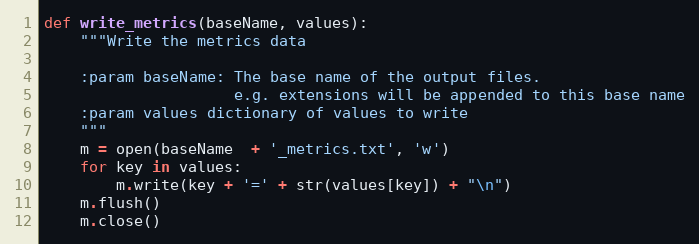
Language: Python
def write_metrics(baseName, values):
    """Write the metrics data

    :param baseName: The base name of the output files.
                     e.g. extensions will be appended to this base name
    :param values dictionary of values to write
    """
    m = open(baseName  + '_metrics.txt', 'w')
    for key in values:
        m.write(key + '=' + str(values[key]) + "\n")
    m.flush()
    m.close()